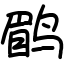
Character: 鹛